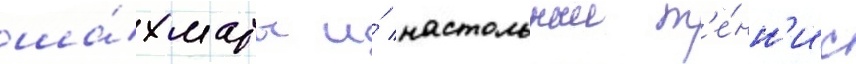
ша́хматы и́ настольныи т'е́нн'ис